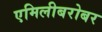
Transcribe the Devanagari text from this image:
एमिलीबरोबर